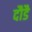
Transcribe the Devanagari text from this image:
दौडै